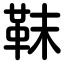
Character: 靺